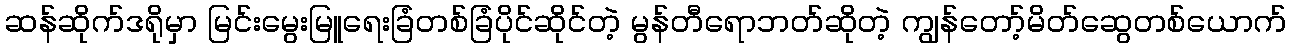
ဆန်ဆိုက်ဒရိုမှာ မြင်းမွေးမြူရေးခြံတစ်ခြံပိုင်ဆိုင်တဲ့ မွန်တီရောဘတ်ဆိုတဲ့ ကျွန်တော့်မိတ်ဆွေတစ်ယောက်